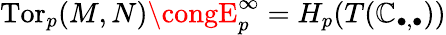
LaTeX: \operatorname{Tor}_{p}(M,N)\congE_{p}^{\infty}=H_{p}(T(\mathbb{C}_{\bullet,\bullet}))